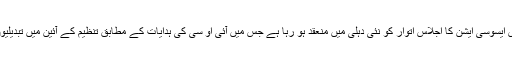
بھارتی اولمپکس ایسوسی ایشن کا اجلاس اتوار کو نئی دہلی میں منعقد ہو رہا ہے جس میں آئی او سی کی ہدایات کے مطابق تنظیم کے آئین میں تبدیلیوں پر غور ہوگا۔